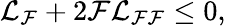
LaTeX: {\cal L}_{\cal F}+2{\cal F}{\cal L}_{{\cal F}{\cal F}}\leq 0,